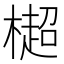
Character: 㯧